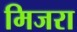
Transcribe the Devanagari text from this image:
मिजरा